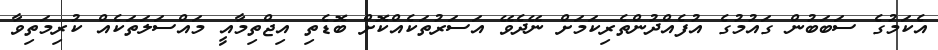
އެކަމުގެ ސަބަބުން ގައުމުގެ އުފެއްދުންތެރިކަމަށް ނޭދެވޭ އަސަރުތަކެއްކޮށް ބޮޑެތި އިޖްތިމާއީ މައްސަލަތަކެއް ކުރިމަތިވާ